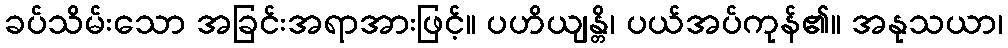
ခပ်သိမ်းသော အခြင်းအရာအားဖြင့်။ ပဟိယျန္တိ၊ ပယ်အပ်ကုန်၏။ အနုသယာ၊